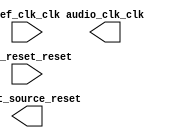

module AudioClk (
	audio_clk_clk,
	ref_clk_clk,
	ref_reset_reset,
	reset_source_reset);	

	output		audio_clk_clk;
	input		ref_clk_clk;
	input		ref_reset_reset;
	output		reset_source_reset;
endmodule